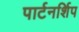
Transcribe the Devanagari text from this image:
पार्टनर्शिप